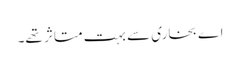
اے بخاری سے بہت متاثر تھے۔